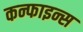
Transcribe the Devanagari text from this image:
कन्फाइन्स